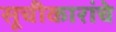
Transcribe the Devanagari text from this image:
सूचीकारांचे